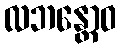
လဘန္တောဝ